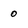
Character: o